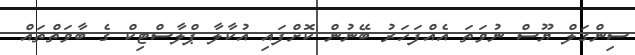
ސިންގަލް ޔޫސް ނުވަތަ އެއްފަހަރު ބޭނުން ކޮށްފައި އުކާލާ ޕްލާސްޓިކް ގެ ބާވަތްތައް